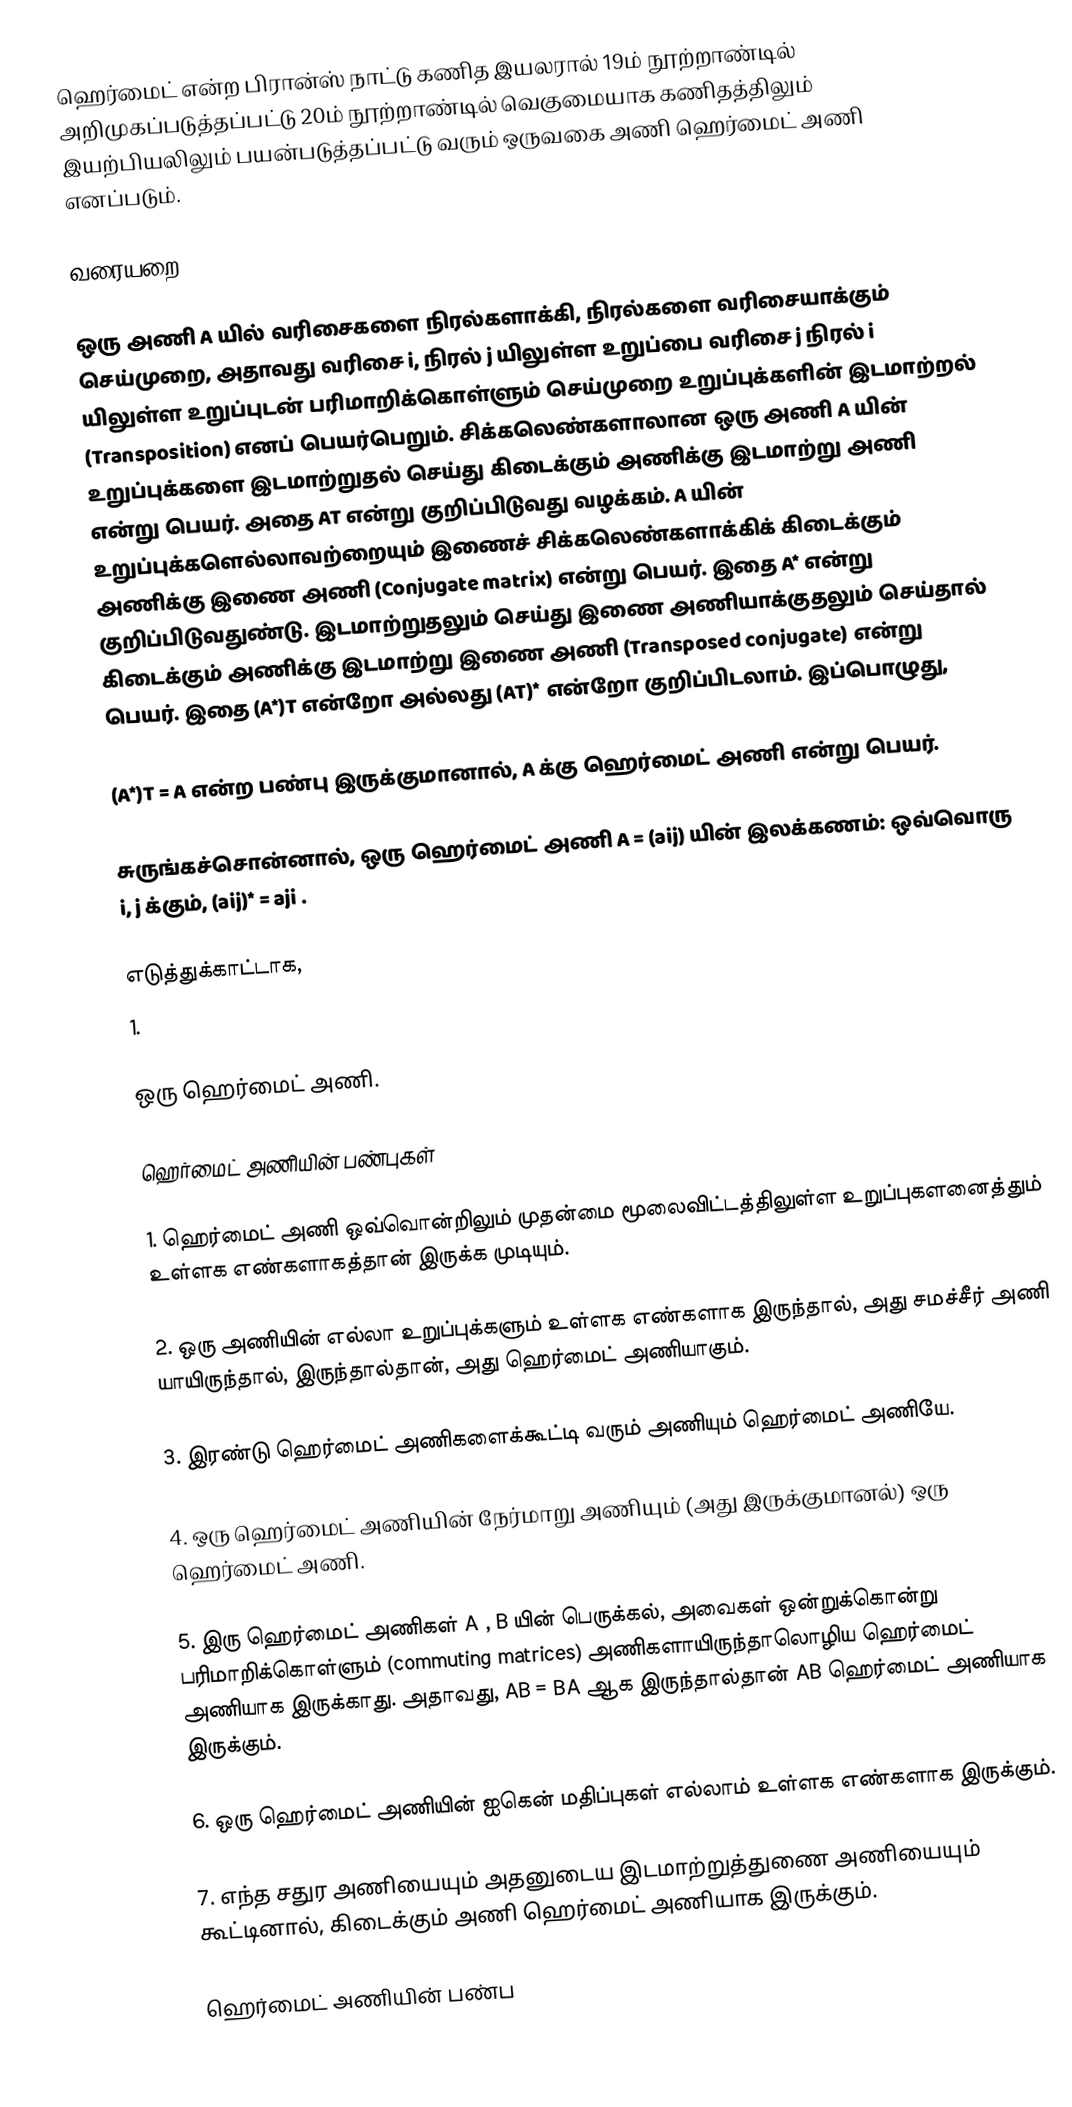
ஹெர்மைட் என்ற பிரான்ஸ் நாட்டு கணித இயலரால் 19ம் நூற்றாண்டில் அறிமுகப்படுத்தப்பட்டு 20ம் நூற்றாண்டில் வெகுமையாக கணிதத்திலும் இயற்பியலிலும் பயன்படுத்தப்பட்டு வரும் ஒருவகை அணி ஹெர்மைட் அணி  எனப்படும்.

வரையறை

ஒரு அணி  A யில் வரிசைகளை நிரல்களாக்கி, நிரல்களை வரிசையாக்கும் செய்முறை, அதாவது வரிசை i,   நிரல் j  யிலுள்ள உறுப்பை  வரிசை j   நிரல் i   யிலுள்ள உறுப்புடன் பரிமாறிக்கொள்ளும் செய்முறை உறுப்புக்களின் இடமாற்றல் (Transposition)  எனப் பெயர்பெறும். சிக்கலெண்களாலான ஒரு அணி  A  யின் உறுப்புக்களை  இடமாற்றுதல் செய்து கிடைக்கும் அணிக்கு இடமாற்று அணி  என்று பெயர். அதை  AT  என்று குறிப்பிடுவது வழக்கம். A யின் உறுப்புக்களெல்லாவற்றையும்  இணைச் சிக்கலெண்களாக்கிக் கிடைக்கும் அணிக்கு இணை அணி (Conjugate matrix) என்று பெயர். இதை A* என்று குறிப்பிடுவதுண்டு. இடமாற்றுதலும் செய்து இணை அணியாக்குதலும் செய்தால் கிடைக்கும் அணிக்கு இடமாற்று இணை அணி (Transposed conjugate) என்று பெயர். இதை (A*)T  என்றோ அல்லது    (AT)* என்றோ குறிப்பிடலாம். இப்பொழுது,

(A*)T  =  A    என்ற பண்பு இருக்குமானால்,  A க்கு ஹெர்மைட் அணி என்று பெயர்.

சுருங்கச்சொன்னால், ஒரு ஹெர்மைட் அணி  A = (aij) யின் இலக்கணம்: ஒவ்வொரு  i, j க்கும், (aij)* = aji .

எடுத்துக்காட்டாக,
1.

ஒரு ஹெர்மைட் அணி.

ஹெர்மைட் அணியின் பண்புகள்

1. ஹெர்மைட் அணி ஒவ்வொன்றிலும் முதன்மை மூலைவிட்டத்திலுள்ள உறுப்புகளனைத்தும் உள்ளக எண்களாகத்தான் இருக்க முடியும்.

2. ஒரு அணியின் எல்லா உறுப்புக்களும் உள்ளக எண்களாக இருந்தால், அது சமச்சீர் அணி யாயிருந்தால், இருந்தால்தான், அது ஹெர்மைட் அணியாகும்.

3. இரண்டு ஹெர்மைட் அணிகளைக்கூட்டி வரும் அணியும் ஹெர்மைட் அணியே.

4. ஒரு ஹெர்மைட் அணியின் நேர்மாறு அணியும்  (அது இருக்குமானல்)  ஒரு ஹெர்மைட் அணி.

5. இரு ஹெர்மைட் அணிகள் A , B யின் பெருக்கல், அவைகள் ஒன்றுக்கொன்று பரிமாறிக்கொள்ளும்  (commuting matrices) அணிகளாயிருந்தாலொழிய ஹெர்மைட் அணியாக இருக்காது. அதாவது,  AB = BA ஆக இருந்தால்தான்  AB ஹெர்மைட் அணியாக இருக்கும்.

6. ஒரு ஹெர்மைட் அணியின்  ஐகென் மதிப்புகள் எல்லாம் உள்ளக எண்களாக இருக்கும்.

7. எந்த சதுர அணியையும் அதனுடைய இடமாற்றுத்துணை அணியையும் கூட்டினால், கிடைக்கும் அணி ஹெர்மைட் அணியாக இருக்கும்.

ஹெர்மைட் அணியின் பண்ப